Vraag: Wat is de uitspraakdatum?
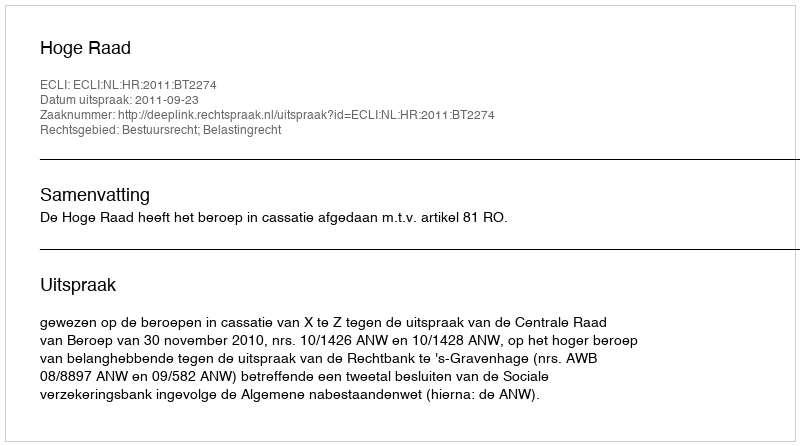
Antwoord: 2011-09-23